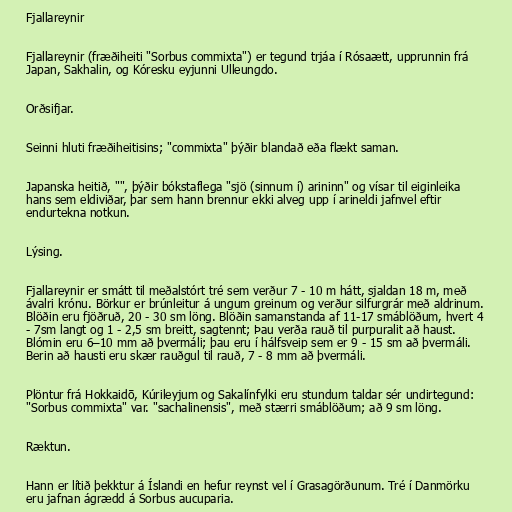
Fjallareynir

Fjallareynir (fræðiheiti "Sorbus commixta") er tegund trjáa í Rósaætt, upprunnin frá
Japan, Sakhalin, og Kóresku eyjunni Ulleungdo.

Orðsifjar.

Seinni hluti fræðiheitisins; "commixta" þýðir blandað eða flækt saman.

Japanska heitið, "", þýðir bókstaflega "sjö (sinnum í) arininn" og vísar til eiginleika
hans sem eldiviðar, þar sem hann brennur ekki alveg upp í arineldi jafnvel eftir
endurtekna notkun.

Lýsing.

Fjallareynir er smátt til meðalstórt tré sem verður 7 - 10 m hátt, sjaldan 18 m, með
ávalri krónu. Börkur er brúnleitur á ungum greinum og verður silfurgrár með aldrinum.
Blöðin eru fjöðruð, 20 - 30 sm löng. Blöðin samanstanda af 11-17 smáblöðum, hvert 4
- 7sm langt og 1 - 2,5 sm breitt, sagtennt; Þau verða rauð til purpuralit að haust.
Blómin eru 6–10 mm að þvermáli; þau eru í hálfsveip sem er 9 - 15 sm að þvermáli.
Berin að hausti eru skær rauðgul til rauð, 7 - 8 mm að þvermáli.

Plöntur frá Hokkaidō, Kúrileyjum og Sakalínfylki eru stundum taldar sér undirtegund:
"Sorbus commixta" var. "sachalinensis", með stærri smáblöðum; að 9 sm löng.

Ræktun.

Hann er lítið þekktur á Íslandi en hefur reynst vel í Grasagörðunum. Tré í Danmörku
eru jafnan ágrædd á Sorbus aucuparia.